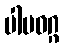
ပါပဝဂ္ဂ